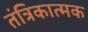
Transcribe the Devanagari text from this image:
तंत्रिकात्मक